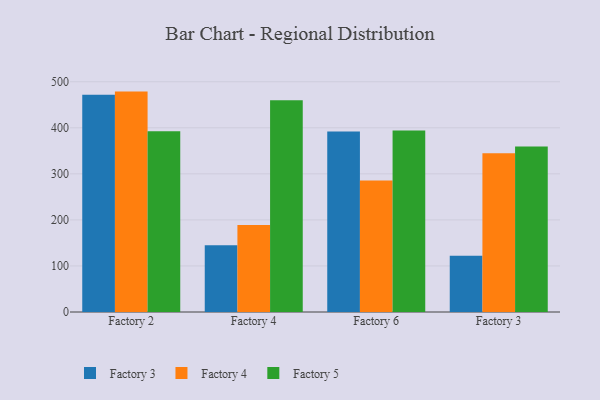
{"axis": {"x": "Factory", "y": "Inventory Turnover"}, "legend": ["Factory 3", "Factory 4", "Factory 5"], "data": [{"x": "Factory 2", "y": 471.8, "type": "Factory 3"}, {"x": "Factory 2", "y": 478.6, "type": "Factory 4"}, {"x": "Factory 2", "y": 392.4, "type": "Factory 5"}, {"x": "Factory 4", "y": 145.1, "type": "Factory 3"}, {"x": "Factory 4", "y": 189.0, "type": "Factory 4"}, {"x": "Factory 4", "y": 459.6, "type": "Factory 5"}, {"x": "Factory 6", "y": 392.0, "type": "Factory 3"}, {"x": "Factory 6", "y": 285.5, "type": "Factory 4"}, {"x": "Factory 6", "y": 394.3, "type": "Factory 5"}, {"x": "Factory 3", "y": 122.2, "type": "Factory 3"}, {"x": "Factory 3", "y": 344.5, "type": "Factory 4"}, {"x": "Factory 3", "y": 359.4, "type": "Factory 5"}]}